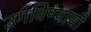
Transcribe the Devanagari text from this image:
उगविण्याची